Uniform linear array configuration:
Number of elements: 12
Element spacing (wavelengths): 1
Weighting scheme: exponential
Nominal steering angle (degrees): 15
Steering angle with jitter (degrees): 15.459
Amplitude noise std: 0.05
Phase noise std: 0.05

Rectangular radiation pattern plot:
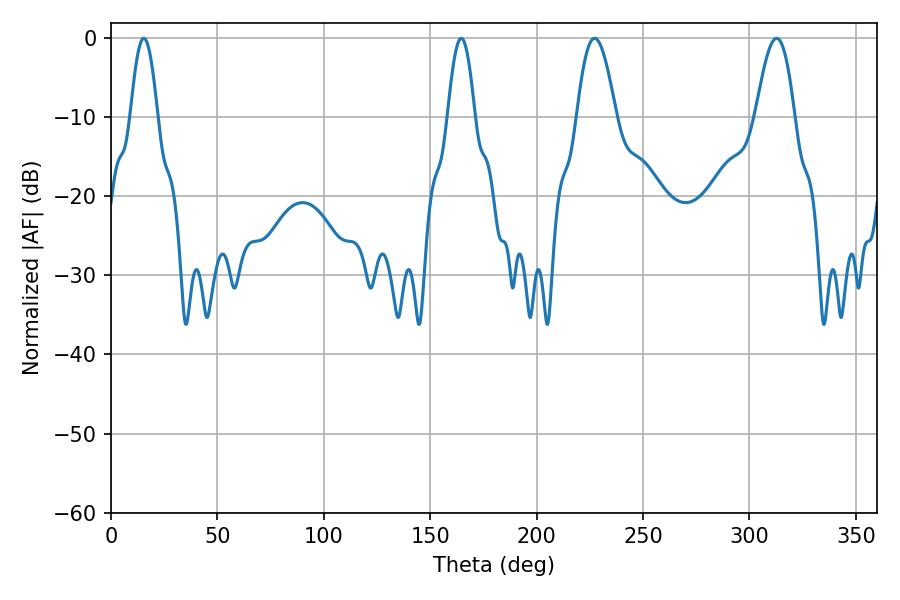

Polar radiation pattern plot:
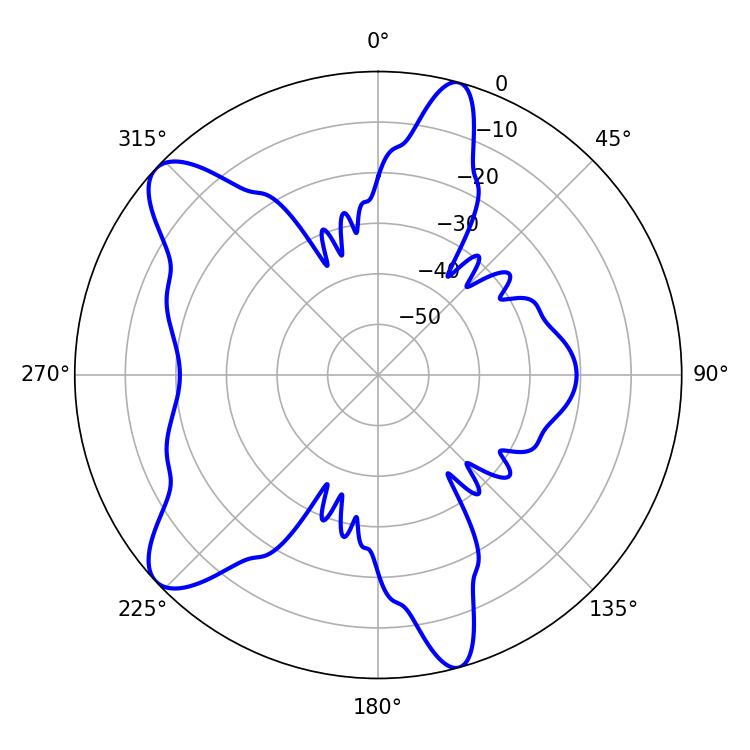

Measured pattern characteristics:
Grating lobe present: TRUE
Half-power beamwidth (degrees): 9.9
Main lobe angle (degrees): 227.16